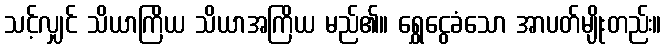
သင့်လျှင် သိယာကြိယ သိယာအကြိယ မည်၏။ ရွှေငွေခံသော အာပတ်မျိုးတည်း။